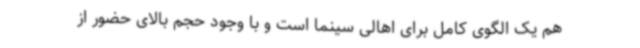
هم یک الگوی کامل برای اهالی سینما است و با وجود حجم بالای حضور از